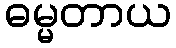
ဓမ္မတာယ